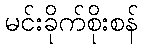
မင်းခိုက်စိုးစန်